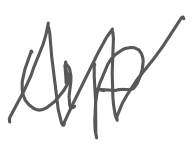
Text: up
Cross-out: zig-zag
Writing tool: digital_gray